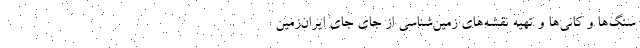
سنگ‌ها و کانی‌ها و تهیه نقشه‌های زمین‌شناسی از جای جای ایران‌زمین